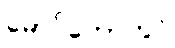
မောင်တောတွင်